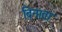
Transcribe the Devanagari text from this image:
बिनाता